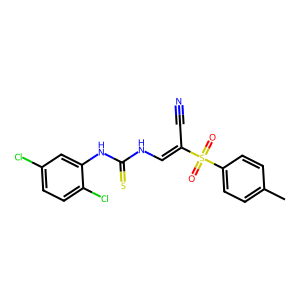
SMILES: Cc1ccc(S(=O)(=O)C(C#N)=CNC(=S)Nc2cc(Cl)ccc2Cl)cc1
Inhibits HIV replication: No